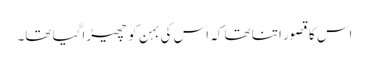
اس کا قصور اتنا تھا کہ اس کی بہن کو چھیڑا گیا تھا۔